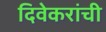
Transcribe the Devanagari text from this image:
दिवेकरांची